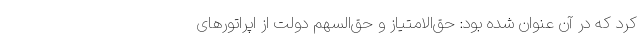
کرد که در آن عنوان شده بود: حق‌الامتیاز و حق‌السهم دولت از اپراتورهای